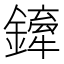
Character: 𨬨